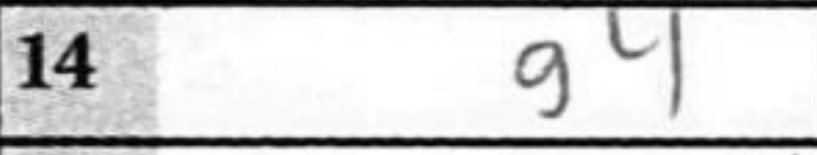
Transcription: g4